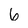
Character: 6